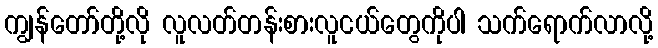
ကျွန်တော်တို့လို လူလတ်တန်းစားလူငယ်တွေကိုပါ သက်ရောက်လာလို့